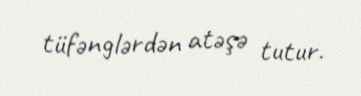
tüfənglərdən atəşə tutur.